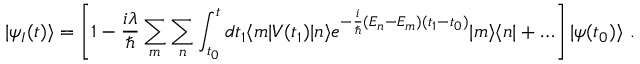
| \psi _ { I } ( t ) \rangle = \left[ 1 - { \frac { i \lambda } { \hbar } } \sum _ { m } \sum _ { n } \int _ { t _ { 0 } } ^ { t } d t _ { 1 } \langle m | V ( t _ { 1 } ) | n \rangle e ^ { - { \frac { i } { \hbar } } ( E _ { n } - E _ { m } ) ( t _ { 1 } - t _ { 0 } ) } | m \rangle \langle n | + \ldots \right] | \psi ( t _ { 0 } ) \rangle ~ .